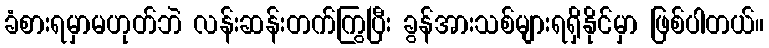
ခံစားရမှာမဟုတ်ဘဲ လန်းဆန်းတက်ကြွပြီး ခွန်အားသစ်များရရှိနိုင်မှာ ဖြစ်ပါတယ်။